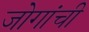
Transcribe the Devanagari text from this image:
जोगांची